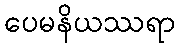
ပေမနိယဿရာ